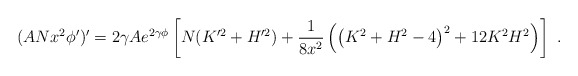
\begin{align*}(AN x^2 \phi')' = 2 \gamma A e^{2 \gamma \phi }\left[ N (K'^2 +H'^2) + \frac{1}{8 x^2} \left( \left(K^2+H^2-4 \right)^2 +12 K^2 H^2 \right)\right]\ . \end{align*}